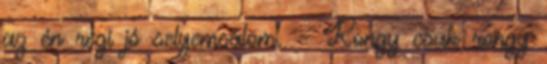
az én régi jó selyemsálom. - Rongy csak rongy